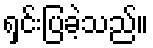
ရှင်းပြခဲ့သည်။